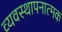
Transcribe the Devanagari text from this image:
व्यवस्थापनात्मक